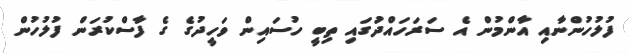
ފުލުހުންނާއި އާންމުން އެ ސަރަހައްދުަގައި ތިބީ ހުސައިން ވަހީދުގެ ގެ ފާސްކުރަން ފުލުހުން